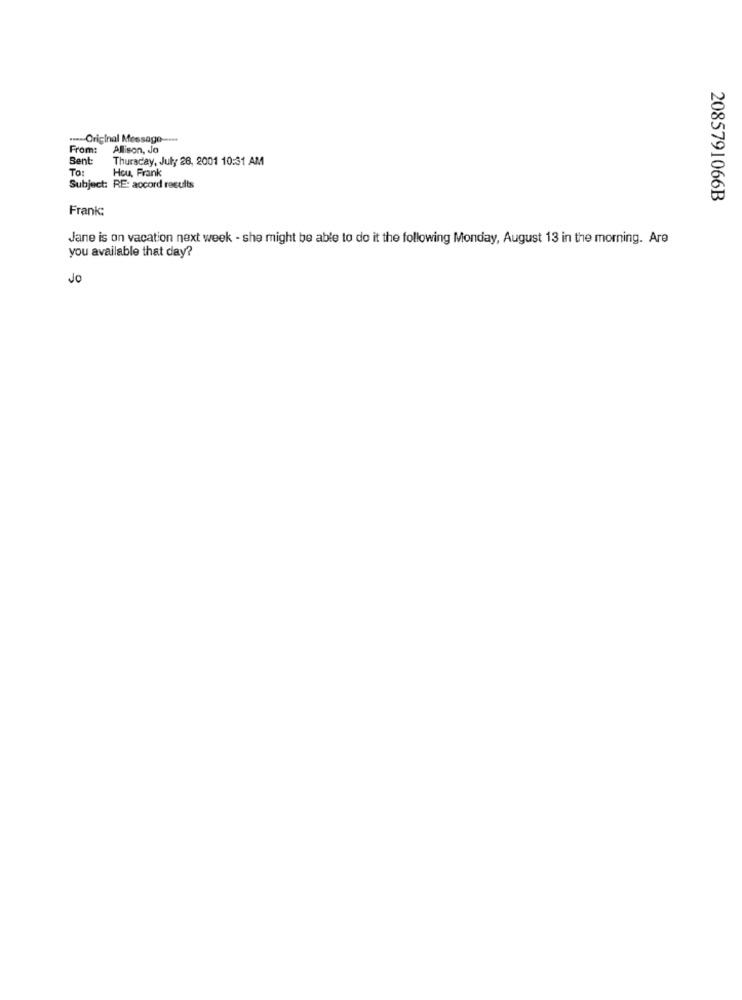
...-- Original Message-
From:
Allison, Jo
Bent:
Thursday, July 28, 2001 10:31 AM
TO:
Hou, Frank
Subject: RE: accord results
2085791066B
Frank:
Jane is on vacation next week - she might be able to do it the following Monday, August 13 in the morning. Are
you available that day?
Jo